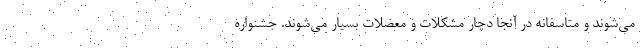
می‌شوند و متاسفانه در آنجا دچار مشکلات و معضلات بسیار می‌شوند. جشنواره